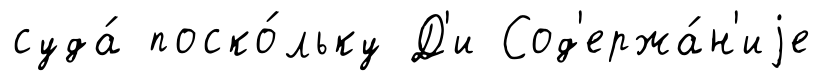
суда́ поско́льку Д'и Сод'ержа́н'иjе